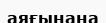
аяғынана